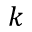
k